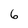
Character: 6